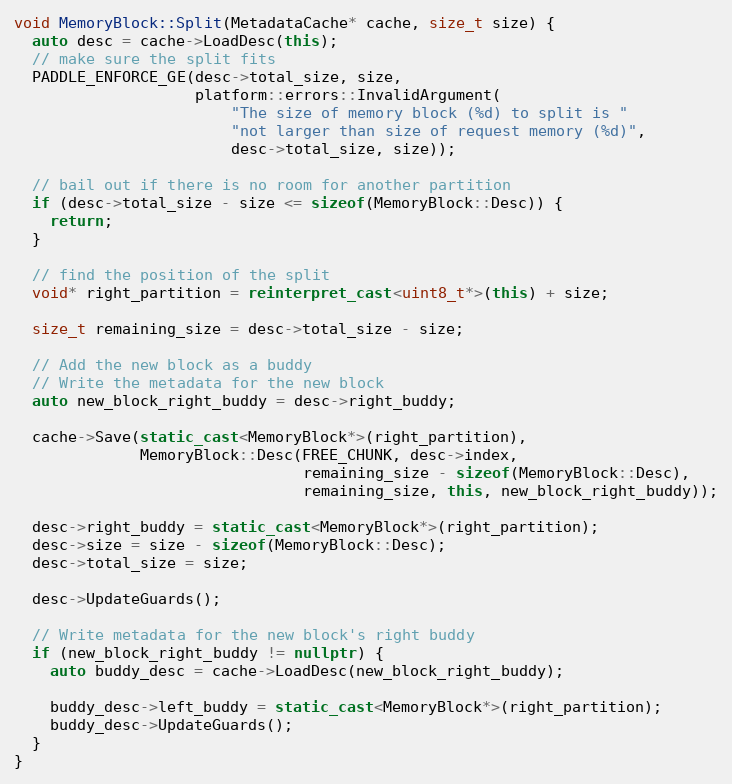
Language: C++
void MemoryBlock::Split(MetadataCache* cache, size_t size) {
  auto desc = cache->LoadDesc(this);
  // make sure the split fits
  PADDLE_ENFORCE_GE(desc->total_size, size,
                    platform::errors::InvalidArgument(
                        "The size of memory block (%d) to split is "
                        "not larger than size of request memory (%d)",
                        desc->total_size, size));

  // bail out if there is no room for another partition
  if (desc->total_size - size <= sizeof(MemoryBlock::Desc)) {
    return;
  }

  // find the position of the split
  void* right_partition = reinterpret_cast<uint8_t*>(this) + size;

  size_t remaining_size = desc->total_size - size;

  // Add the new block as a buddy
  // Write the metadata for the new block
  auto new_block_right_buddy = desc->right_buddy;

  cache->Save(static_cast<MemoryBlock*>(right_partition),
              MemoryBlock::Desc(FREE_CHUNK, desc->index,
                                remaining_size - sizeof(MemoryBlock::Desc),
                                remaining_size, this, new_block_right_buddy));

  desc->right_buddy = static_cast<MemoryBlock*>(right_partition);
  desc->size = size - sizeof(MemoryBlock::Desc);
  desc->total_size = size;

  desc->UpdateGuards();

  // Write metadata for the new block's right buddy
  if (new_block_right_buddy != nullptr) {
    auto buddy_desc = cache->LoadDesc(new_block_right_buddy);

    buddy_desc->left_buddy = static_cast<MemoryBlock*>(right_partition);
    buddy_desc->UpdateGuards();
  }
}